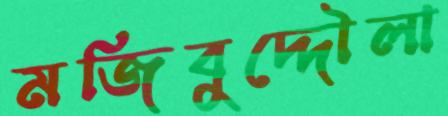
মজিবুদ্দৌলা